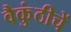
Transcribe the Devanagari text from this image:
वैकुंठीचें